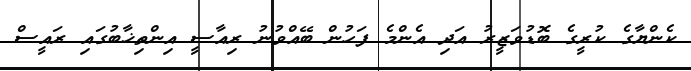
ކެންޔާގެ ކުރީގެ ބޮޑުވަޒީރު އަދި އެންމެ ފަހުން ބޭއްވުނު ރިއާސީ އިންތިޚާބުގައި ރައީސް